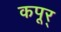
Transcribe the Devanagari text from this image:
कपूर्